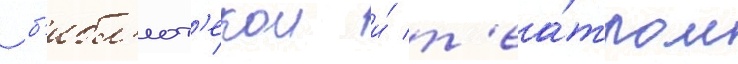
 б'ибл'иот'екои и́ т'еа́тром